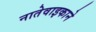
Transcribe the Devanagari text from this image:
नातेवाइकाने